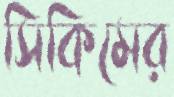
সিকিমের